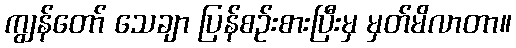
ကျွန်တော် သေချာ ပြန်စဉ်းစားပြီးမှ မှတ်မိလာတာ။